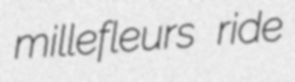
millefleurs ride